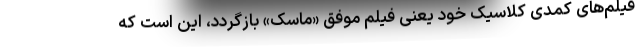
فیلم‌های کمدی کلاسیک خود یعنی فیلم موفق «ماسک» بازگردد، این است که